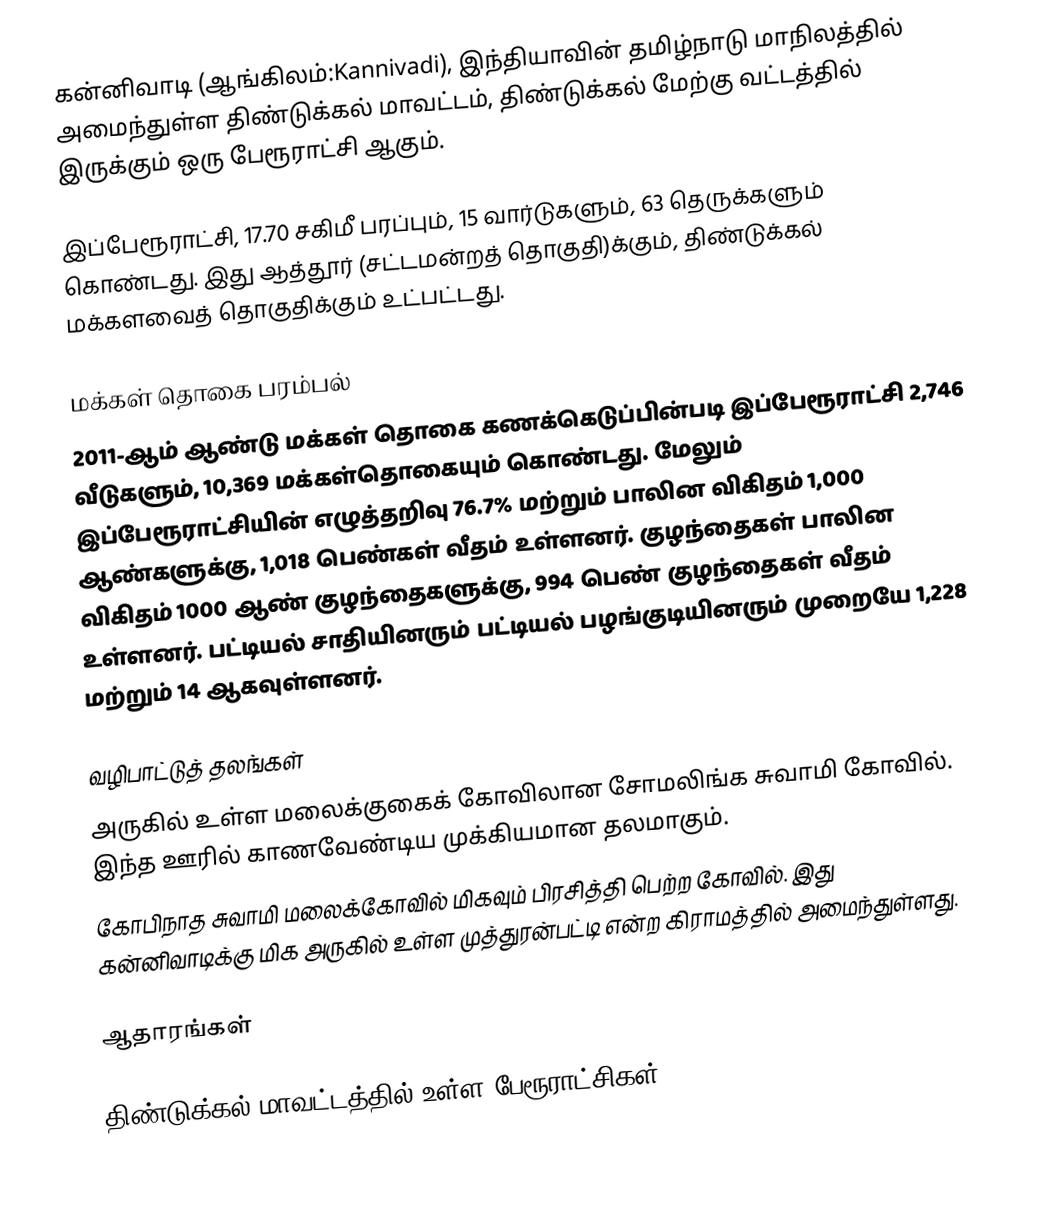
கன்னிவாடி (ஆங்கிலம்:Kannivadi), இந்தியாவின் தமிழ்நாடு மாநிலத்தில் அமைந்துள்ள திண்டுக்கல் மாவட்டம், திண்டுக்கல் மேற்கு வட்டத்தில் இருக்கும் ஒரு பேரூராட்சி ஆகும்.

இப்பேரூராட்சி,  17.70 சகிமீ பரப்பும்,  15 வார்டுகளும்,  63 தெருக்களும் கொண்டது. இது ஆத்தூர் (சட்டமன்றத் தொகுதி)க்கும், திண்டுக்கல் மக்களவைத் தொகுதிக்கும் உட்பட்டது.

மக்கள் தொகை பரம்பல்
2011-ஆம் ஆண்டு மக்கள் தொகை கணக்கெடுப்பின்படி   இப்பேரூராட்சி   2,746    வீடுகளும்,  10,369 மக்கள்தொகையும் கொண்டது. மேலும் இப்பேரூராட்சியின் எழுத்தறிவு 76.7%   மற்றும்  பாலின விகிதம் 1,000 ஆண்களுக்கு, 1,018 பெண்கள் வீதம் உள்ளனர். குழந்தைகள் பாலின விகிதம் 1000 ஆண் குழந்தைகளுக்கு,  994  பெண் குழந்தைகள் வீதம் உள்ளனர்.  பட்டியல் சாதியினரும் பட்டியல் பழங்குடியினரும்  முறையே 1,228 மற்றும்   14 ஆகவுள்ளனர்.

வழிபாட்டுத்  தலங்கள்
அருகில் உள்ள மலைக்குகைக் கோவிலான சோமலிங்க சுவாமி கோவில். இந்த ஊரில் காணவேண்டிய முக்கியமான தலமாகும். 
கோபிநாத சுவாமி மலைக்கோவில் மிகவும் பிரசித்தி பெற்ற கோவில். இது கன்னிவாடிக்கு மிக அருகில் உள்ள முத்துரன்பட்டி என்ற கிராமத்தில் அமைந்துள்ளது.

ஆதாரங்கள்

திண்டுக்கல் மாவட்டத்தில் உள்ள பேரூராட்சிகள்